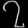
Digit: ၇